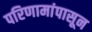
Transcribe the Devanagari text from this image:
परिणामांपासून